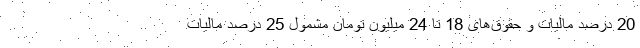
20 درصد مالیات و حقوق‌های 18 تا 24 میلیون تومان مشمول 25 درصد مالیات